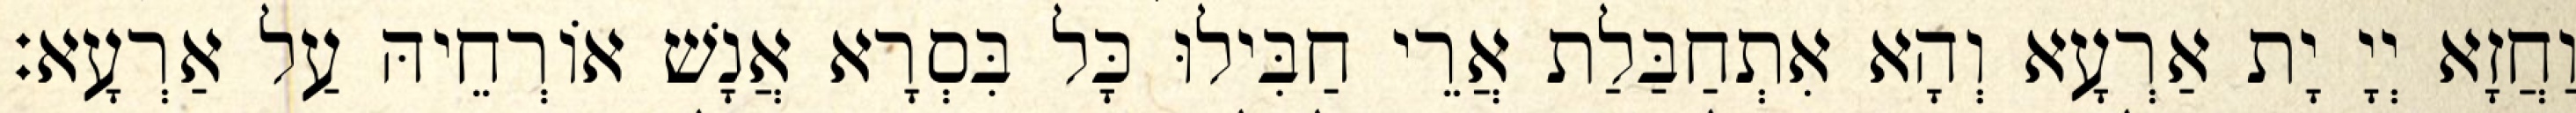
וַחֲזָא יְיָ יָת אַרְעָא וְהָא אִתְחַבַּלַת אֲרֵי חַבִּילוּ כָּל בִּסְרָא אֲנָשׁ אוֹרְחֵיהּ עַל אַרְעָא׃